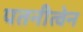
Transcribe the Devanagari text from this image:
पतनीत्वेन